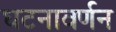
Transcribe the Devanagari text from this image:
घटनावर्णन